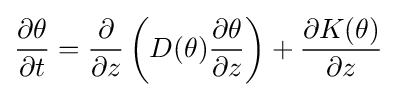
{\frac {\partial \theta }{\partial t}}={\frac {\partial }{\partial z}}\left(D(\theta ){\frac {\partial \theta }{\partial z}}\right)+{\frac {\partial K(\theta )}{\partial z}}